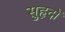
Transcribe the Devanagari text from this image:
सुहृदों